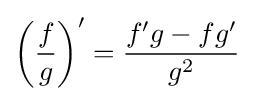
\left({\frac {f}{g}}\right)'={\frac {f'g-fg'}{g^{2}}}